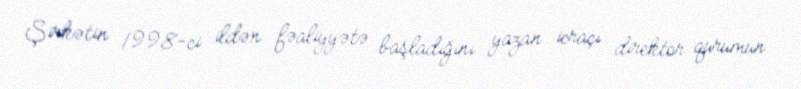
Şirkətin 1998-ci ildən fəaliyyətə başladığını yazan icraçı direktor qurumun